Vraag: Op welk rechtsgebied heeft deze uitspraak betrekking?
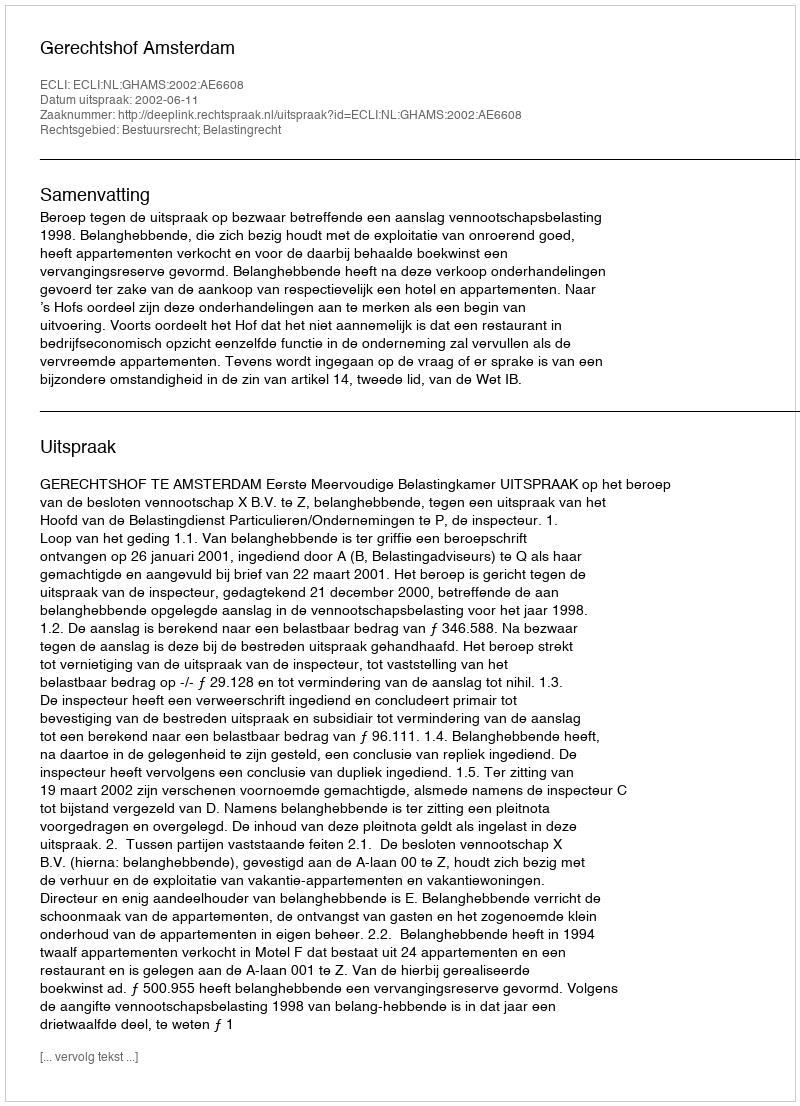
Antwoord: Bestuursrecht; Belastingrecht